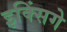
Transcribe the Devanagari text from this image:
इक्सिंगे